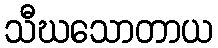
သီဃသောတာယ